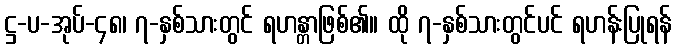
ဋ္ဌ-ပ-အုပ်-၄၈၊ ၇-နှစ်သားတွင် ရဟန္တာဖြစ်၏။ ထို ၇-နှစ်သားတွင်ပင် ရဟန်းပြုရန်